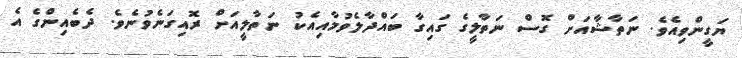
ޔަގީންވިއެވެ. ނަތާޝާއަށް ގޮސް ނަތާލީގެ ގައިގާ ބައްދާލެވުމާއިއެކު ނަތާލީއަށް ރޮއިގަނެވުނެވެ. ދެބެއިންގެ އެ